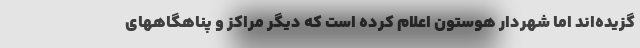
گزیده‌اند اما شهردار هوستون اعلام کرده است که دیگر مراکز و پناهگاههای